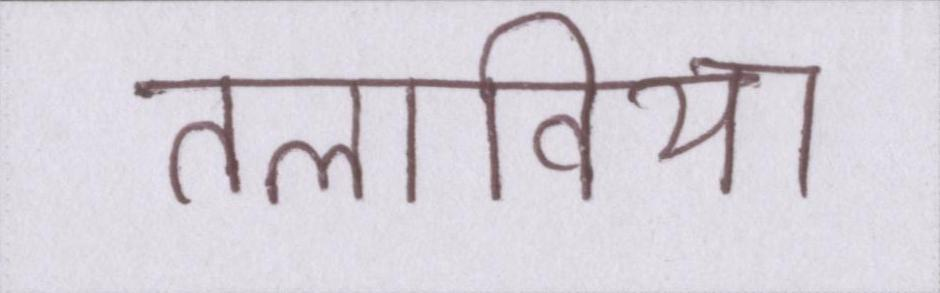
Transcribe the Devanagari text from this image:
तलाविया